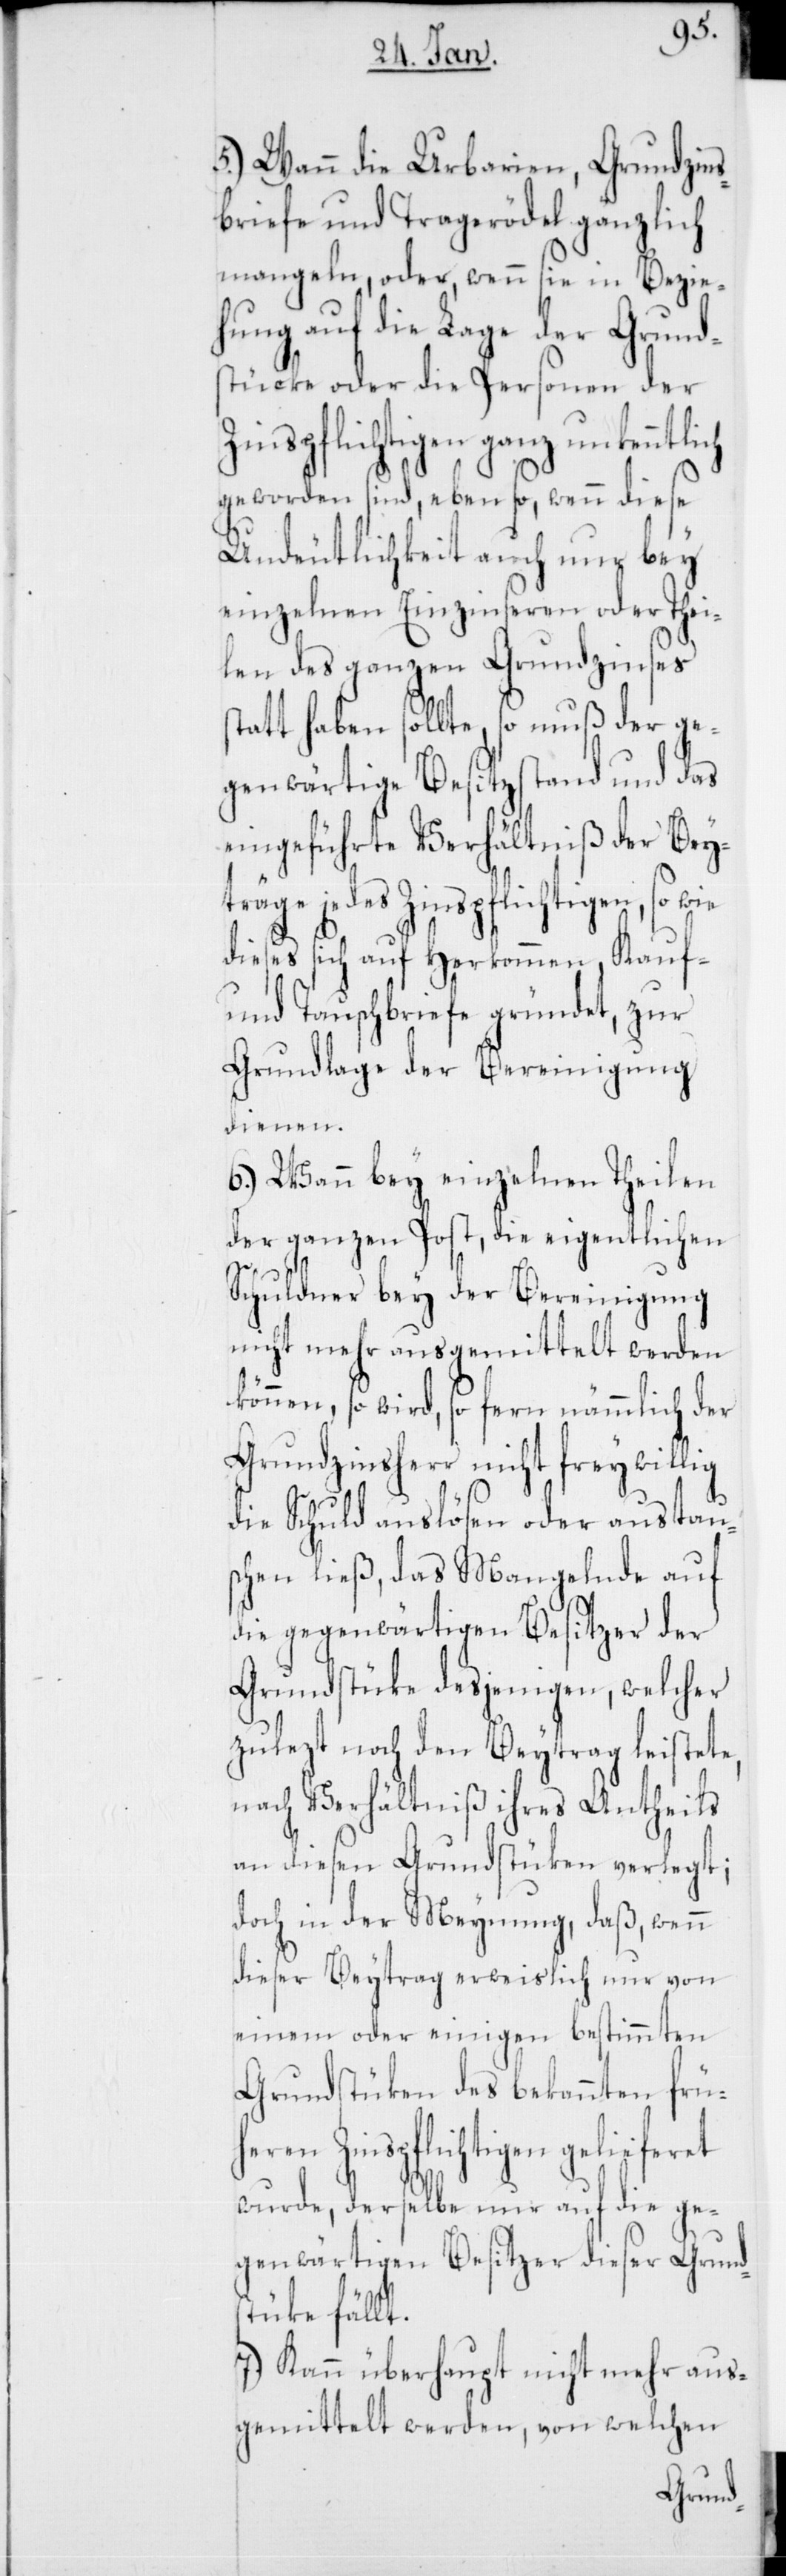
ch
5.) Wann die Urbarien, Grundzins¬
briefe und Tragerödel gänzlich
mangeln, oder wenn sie in Bezie¬
hung auf die Lage der Grund¬
stücke oder die Personen der
Zinspflichtigen ganz unkenntli¬
geworden sind, eben so, wenn diese
Undeutlichkeit auch nur bey
einzelnen Einzinseren oder Thei¬
len des ganzen Grundzinses
statt haben sollte, so muß der ge¬
genwärtige Besitzstand und das
eingeführte Verhältniß der Bey¬
träge jedes Zinspflichtigen, so wie
dieses sich auf Herkommen, Kauf-
und Tauschbriefe gründet, zur
Grundlage der Bereinigung
dienen.
6.) Wann bey einzelnen Theilen
der ganzen Post, die eigentlichen
Schuldner bey der Bereinigung
nicht mehr ausgemittelt werden
können, so wird, sofern nämmlich der
Grundzinsherr nicht freywillig
die Schuld auslösen oder austau¬
schen ließ, das Mangelnde auf
die gegenwärtigen Besitzer der
Grundstüke desjenigen, welcher
zulezt noch den Beytrag leistete,
nach Verhältniß ihres Antheils
an diesen Grundstüken verlegt;
doch in der Meynung, daß, wenn
dieser Beytrag erweislich nur von
einem oder einigen bestimmten
Grundstüken des bekannten frü¬
heren Zinspflichtigen gelieferet
wurde, derselbe nur auf die ge¬
genwärtigen Besitzer dieser Grund¬
stücke fällt.
7.) Kann überhaupt nicht mehr aus¬
gemittelt werden, von welchen